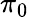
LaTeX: \pi_{0}